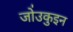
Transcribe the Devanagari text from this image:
जो॑उकुइन